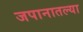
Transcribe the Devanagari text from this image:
जपानातल्या